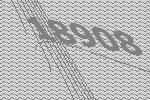
18908